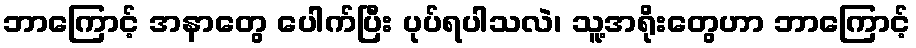
ဘာကြောင့် အနာတွေ ပေါက်ပြီး ပုပ်ရပါသလဲ၊ သူ့အရိုးတွေဟာ ဘာကြောင့်